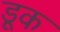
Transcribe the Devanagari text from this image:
डूक